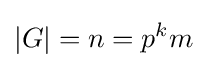
|G|=n=p^{k}m